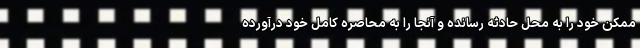
ممکن خود را به محل حادثه رسانده و آنجا را به محاصره کامل خود درآورده